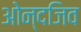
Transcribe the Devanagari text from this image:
ओन्दजिव